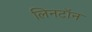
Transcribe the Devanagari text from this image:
लिनटॉन